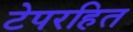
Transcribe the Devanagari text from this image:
टेपरहित